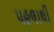
પહલાથી